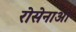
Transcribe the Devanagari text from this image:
रोसेनाओ